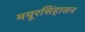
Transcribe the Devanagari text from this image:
मयूरसिंहासन